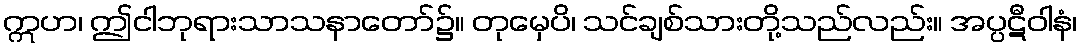
ဣဟ၊ ဤငါဘုရားသာသနာတော်၌။ တုမှေပိ၊ သင်ချစ်သားတို့သည်လည်း။ အပ္ပဋီဝါနံ၊